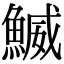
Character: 鰄